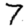
Digit: 7